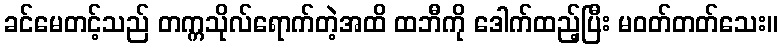
ခင်မေတင့်သည် တက္ကသိုလ်ရောက်တဲ့အထိ ထဘီကို ဒေါက်ထည့်ပြီး မဝတ်တတ်သေး။